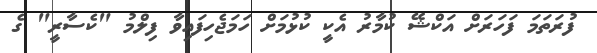
ފުރަތަމަ ފަހަރަށް އަކްޝޭ ކުމާރު އެކީ ކުޅުމަށް ހަަމަޖެހިފައިވާ ފިލްމު "ކެސާރީ" ގެ